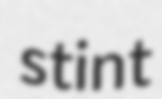
stint